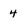
Character: 4